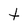
Character: t